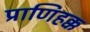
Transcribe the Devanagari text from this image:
प्राणिहक्क